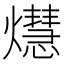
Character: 𤑡